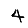
Digit: 4